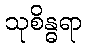
သုစိန္ဓရာ